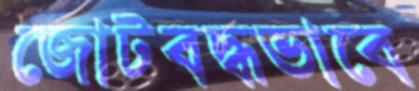
জোটবদ্ধভাবে